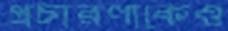
প্রচারণাকেও